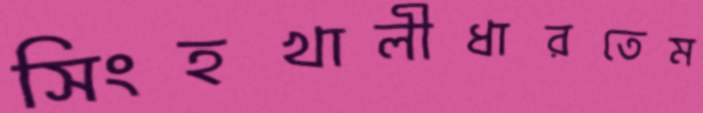
সিংহখালীধারতেম